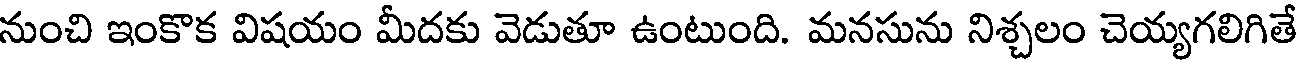
నుంచి ఇంకొక విషయం మీదకు వెడుతూ ఉంటుంది. మనసును నిశ్చలం చెయ్యగలిగితే